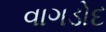
વાગડોદ